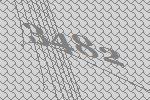
3482